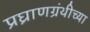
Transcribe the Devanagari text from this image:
प्रघ्राणग्रंथीच्या